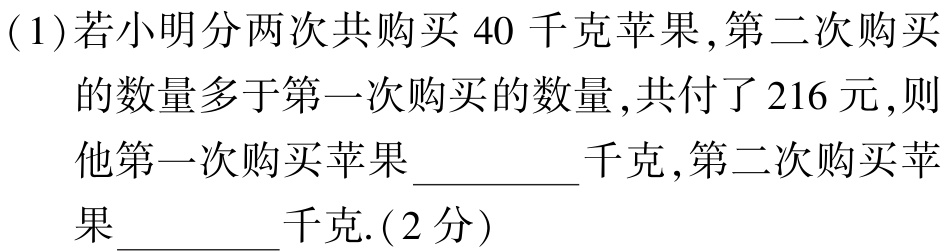
(1)若小明分两次共购买$40$千克苹果,第二次购买的数量多于第一次购买的数量,共付了$216$元,则他第一次购买苹果  千克,第二次购买苹果  千克.(2分)